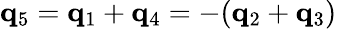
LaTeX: {\mathbf q}_{5}={\mathbf q}_{1}+{\mathbf q}_{4}=-({\mathbf q}_{2}+{\mathbf q}_{3})